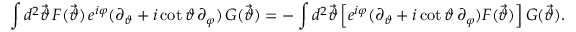
\int d ^ { 2 } \vec { \vartheta } \, F ( \vec { \vartheta } ) \, e ^ { i \varphi } ( \partial _ { \vartheta } + i \cot \vartheta \, \partial _ { \varphi } ) \, G ( \vec { \vartheta } ) = - \int d ^ { 2 } \vec { \vartheta } \left[ e ^ { i \varphi } ( \partial _ { \vartheta } + i \cot \vartheta \, \partial _ { \varphi } ) F ( \vec { \vartheta } ) \right] G ( \vec { \vartheta } ) .